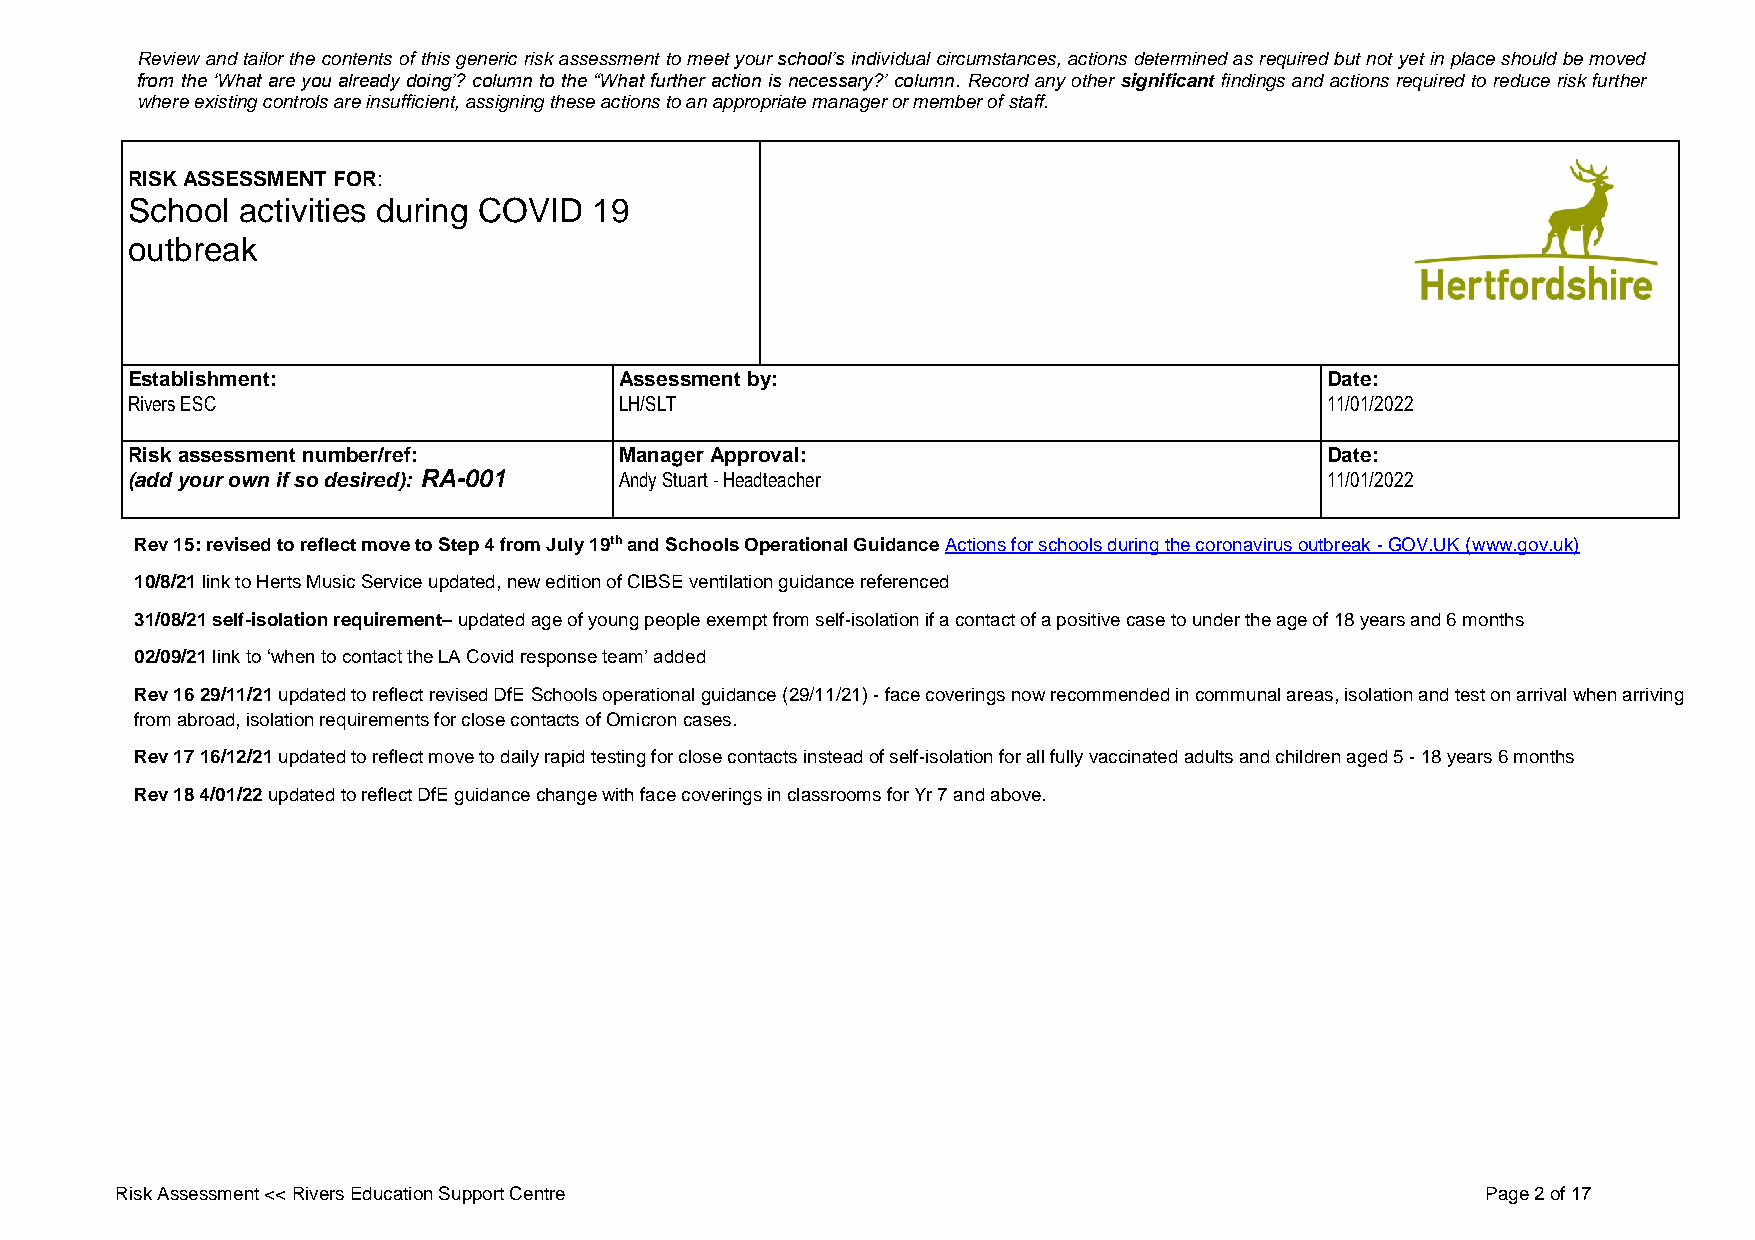
Review and tailor the contents of this generic risk assessment to meet your school’s individual circumstances, actions determined as required but not yet in place should be moved
 from the ‘What are you already doing’? column to the “What further action is necessary?’ column. Record any other significant findings and actions required to reduce risk further
 where existing controls are insufficient, assigning these actions to an appropriate manager or member of staff.
 RISK ASSESSMENT FOR:
 School  activities during COVID 19
 outbreak
 Establishment:                   Assessment by:                                 Date:
 Rivers ESC                       LH/SLT                                         11/01/2022
 Risk assessment number/ref:      Manager Approval:                              Date:
 (add your own if so desired): RA-001 Andy Stuart - Headteacher                  11/01/2022
 Rev 15: revised to reflect move to Step 4 from July 19th and Schools Operational Guidance Actions for schools during the coronavirus outbreak - GOV.UK (www.gov.uk)
 10/8/21 link to Herts Music Service updated, new edition of CIBSE ventilation guidance referenced
 31/08/21 self-isolation requirement– updated age of young people exempt from self-isolation if a contact of a positive case to under the age of 18 years and 6 months
 02/09/21 link to ‘when to contact the LA Covid response team’ added
 Rev 16 29/11/21 updated to reflect revised DfE Schools operational guidance (29/11/21) - face coverings now recommended in communal areas, isolation and test on arrival when arriving
 from abroad, isolation requirements for close contacts of Omicron cases.
 Rev 17 16/12/21 updated to reflect move to daily rapid testing for close contacts instead of self-isolation for all fully vaccinated adults and children aged 5 - 18 years 6 months
 Rev 18 4/01/22 updated to reflect DfE guidance change with face coverings in classrooms for Yr 7 and above.
 Risk Assessment << Rivers Education Support Centre                                        Page 2 of 17